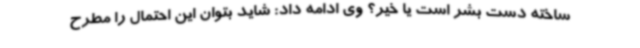
ساخته دست بشر است یا خیر؟ وی ادامه داد: شاید بتوان این احتمال را مطرح